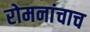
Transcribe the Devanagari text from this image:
रोमनांचाच